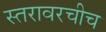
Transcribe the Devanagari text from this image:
स्तरावरचीच